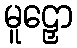
မူဠှော